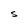
Character: s